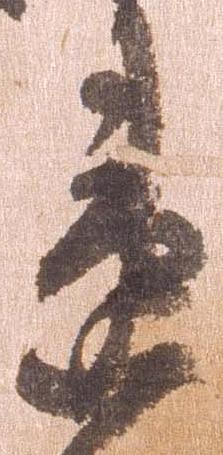
違